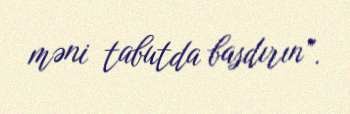
məni tabutda basdırın”.